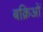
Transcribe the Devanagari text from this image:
बक्रिओं